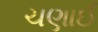
ચણાઈ